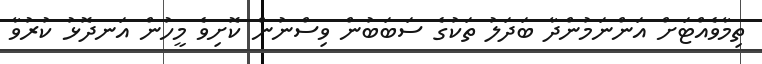
ތިމާވެއްޓަށް އަންނަމުންދާ ބަދަލު ތަކުގެ ސަބަބުން ވިސްނުން ކޮށިވެ މީހުން އަނދޮޅު ކުރުވާ